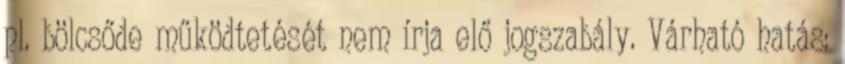
pl. bölcsőde működtetését nem írja elő jogszabály. Várható hatás: